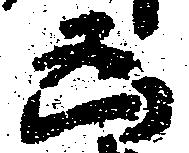
凶